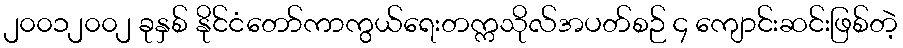
၂၀၀၁၂၀၀၂ ခုနှစ် နိုင်ငံတော်ကာကွယ်ရေးတက္ကသိုလ်အပတ်စဉ် ၄ ကျောင်းဆင်းဖြစ်တဲ့